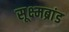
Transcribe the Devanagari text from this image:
सूक्ष्मब्रांड